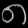
Digit: ၈